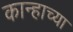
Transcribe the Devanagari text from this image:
कान्हाच्या